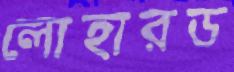
লোহারড